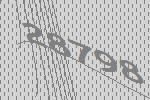
28798